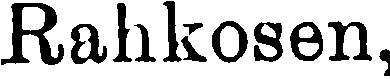
Rahkosen,